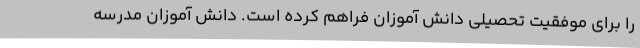
را برای موفقیت تحصیلی دانش آموزان فراهم کرده است. دانش آموزان مدرسه